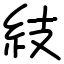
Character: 𥾣